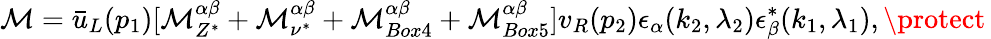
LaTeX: {\cal M}=\bar{u}_{L}(p_{1})[{\cal M}_{Z^{*}}^{\alpha\beta}+{\cal M}_{\nu^{*}}^{\alpha\beta}+{\cal M}_{Box4}^{\alpha\beta}+{\cal M}_{Box5}^{\alpha\beta}]v_{R}(p_{2}){\epsilon}_{\alpha}(k_{2},{\lambda}_{2}){\epsilon}_{\beta}^{*}(k_{1},{\lambda}_{1}),\protect\,